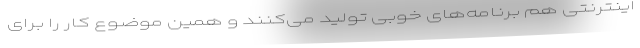
اینترنتی هم برنامه‌های خوبی تولید می‌کنند و همین موضوع کار را برای